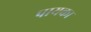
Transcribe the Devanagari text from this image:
पायका